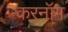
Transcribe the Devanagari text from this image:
करनॉग